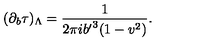
( \partial _ { b } \tau ) _ { \Lambda } = { \frac { 1 } { 2 \pi i { b ^ { \prime } } ^ { 3 } ( 1 - v ^ { 2 } ) } } .